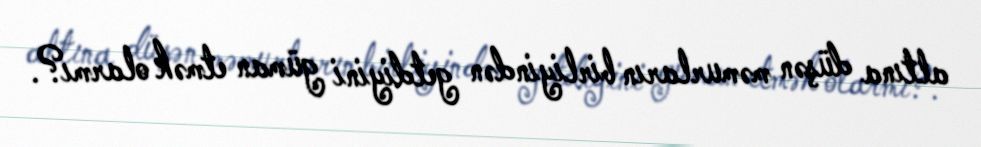
altına düşən məmurların birliyindən getdiyini güman etmək olarmı?.